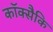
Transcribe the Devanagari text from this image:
कॉक्सैकि